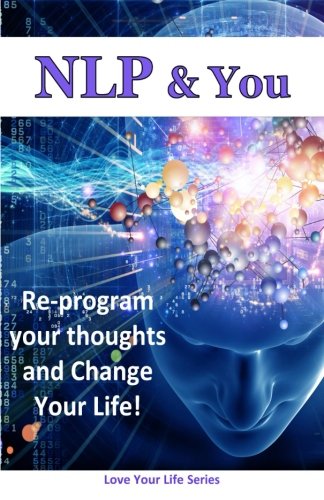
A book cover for NLP & You: Re-program your thoughts and Change Your Life!; Love Your Life Series; Self-Help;